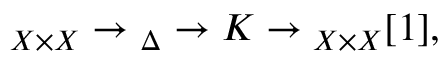
\O _ { X \times X } \to \O _ { \Delta } \to { \cal K } \to \O _ { X \times X } [ 1 ] ,